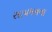
સાયમનના